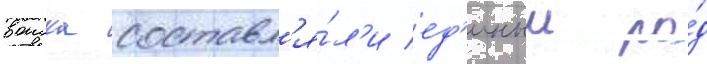
воиска составл'я́л'и ед'иныи ро́д